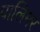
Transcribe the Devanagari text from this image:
पालिमर